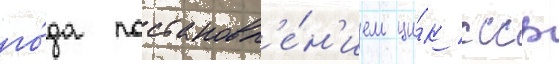
го́да постановл'е́н'ием ци́к ссср